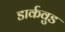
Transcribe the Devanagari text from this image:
डार्कवुड